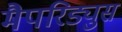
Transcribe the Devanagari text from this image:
मैपरिड्युस